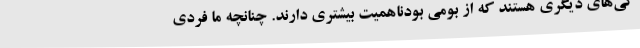
گی‌های دیگری هستند که از بومی بودناهمیت بیشتری دارند. چنانچه ما فردی